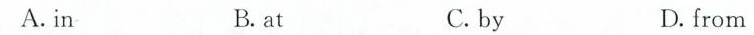
A.in B.at C.by D.from